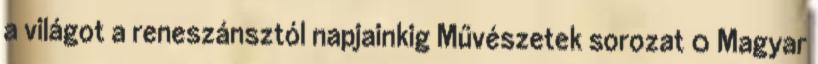
a világot a reneszánsztól napjainkig Művészetek sorozat 0 Magyar